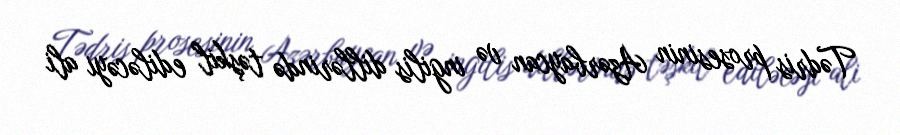
Tədris prosesinin Azərbaycan və ingilis dillərində təşkil ediləcəyi ali